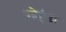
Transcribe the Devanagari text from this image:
गोगुंडा